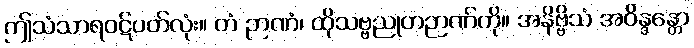
ဤသံသာရဝဋ်ပတ်လုံး။ တံ ဉာဏံ၊ ထိုသဗ္ဗညုတဉာဏ်ကို။ အနိဗ္ဗိသံ အဝိန္ဒန္တော